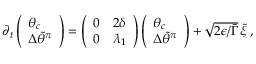
\begin{array} { r } { \partial _ { t } \left( \begin{array} { l } { \theta _ { c } } \\ { { \Delta \widetilde { \theta } ^ { \pi } } } \end{array} \right) = \left( \begin{array} { l l } { 0 } & { 2 \delta } \\ { 0 } & { \lambda _ { 1 } } \end{array} \right) \left( \begin{array} { l } { \theta _ { c } } \\ { { \Delta \widetilde { \theta } ^ { \pi } } } \end{array} \right) + \sqrt { 2 \epsilon / \bar { \Gamma } } \, \tilde { \xi } \, , } \end{array}